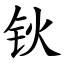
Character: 钬